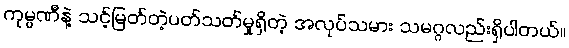
ကုမ္ပဏီနဲ့ သင့်မြတ်တဲ့ပတ်သတ်မှုရှိတဲ့ အလုပ်သမား သမဂ္ဂလည်းရှိပါတယ်။